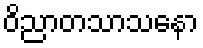
ဝိညာတသာသနော